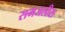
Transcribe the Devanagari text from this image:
समजलीस